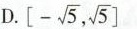
D.$$\left[- \sqrt{5}, \sqrt{5}\right]$$